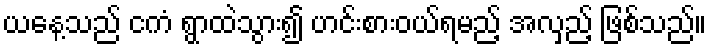
ယနေ့သည် ငကံ ရွာထဲသွား၍ ဟင်းစားဝယ်ရမည့် အလှည့် ဖြစ်သည်။